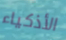
الأذكياء